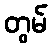
တွမ်